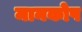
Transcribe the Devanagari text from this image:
मानकोष